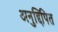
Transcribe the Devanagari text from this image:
अनुद्दिपित